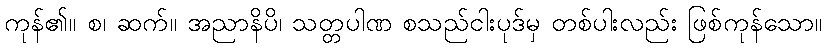
ကုန်၏။ စ၊ ဆက်။ အညာနိပိ၊ သတ္တပါဏ စသည်ငါးပုဒ်မှ တစ်ပါးလည်း ဖြစ်ကုန်သော။